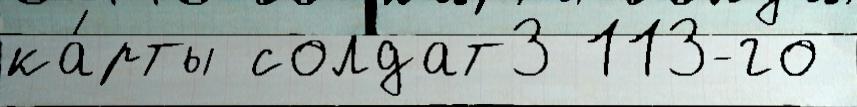
ка́рты солдат3 113-го